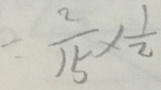
= \frac { 2 } { 1 5 } \times \frac { 1 } { 2 }